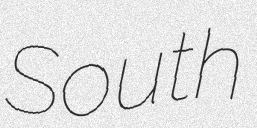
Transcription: South